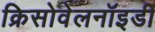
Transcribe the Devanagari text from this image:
क्रिसोवेलनॉइडी